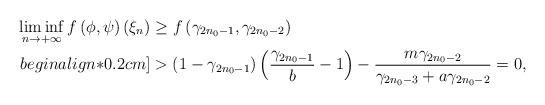
LaTeX: \begin{align*} \liminf\limits_{n\rightarrow+\infty}f\left(\phi,\psi\right)(\xi_n)&\geq f\left(\gamma_{2n_0-1},\gamma_{2n_0-2}\right)\\begin{align*}0.2cm] &>(1-\gamma_{2n_0-1})\left(\frac{\gamma_{2n_0-1}}{b}-1\right)-\displaystyle\frac{m\gamma_{2n_0-2}}{\gamma_{2n_0-3}+a\gamma_{2n_0-2}}=0,\end{align*}